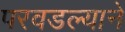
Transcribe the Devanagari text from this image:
परवडल्याने